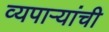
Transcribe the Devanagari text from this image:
व्यपाऱ्यांची